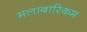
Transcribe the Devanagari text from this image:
मलाबारिकम